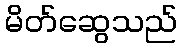
မိတ်ဆွေသည်